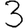
Digit: 3